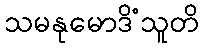
သမနုမောဒိံသူတိ